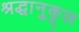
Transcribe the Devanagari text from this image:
श्रद्धानुकूल